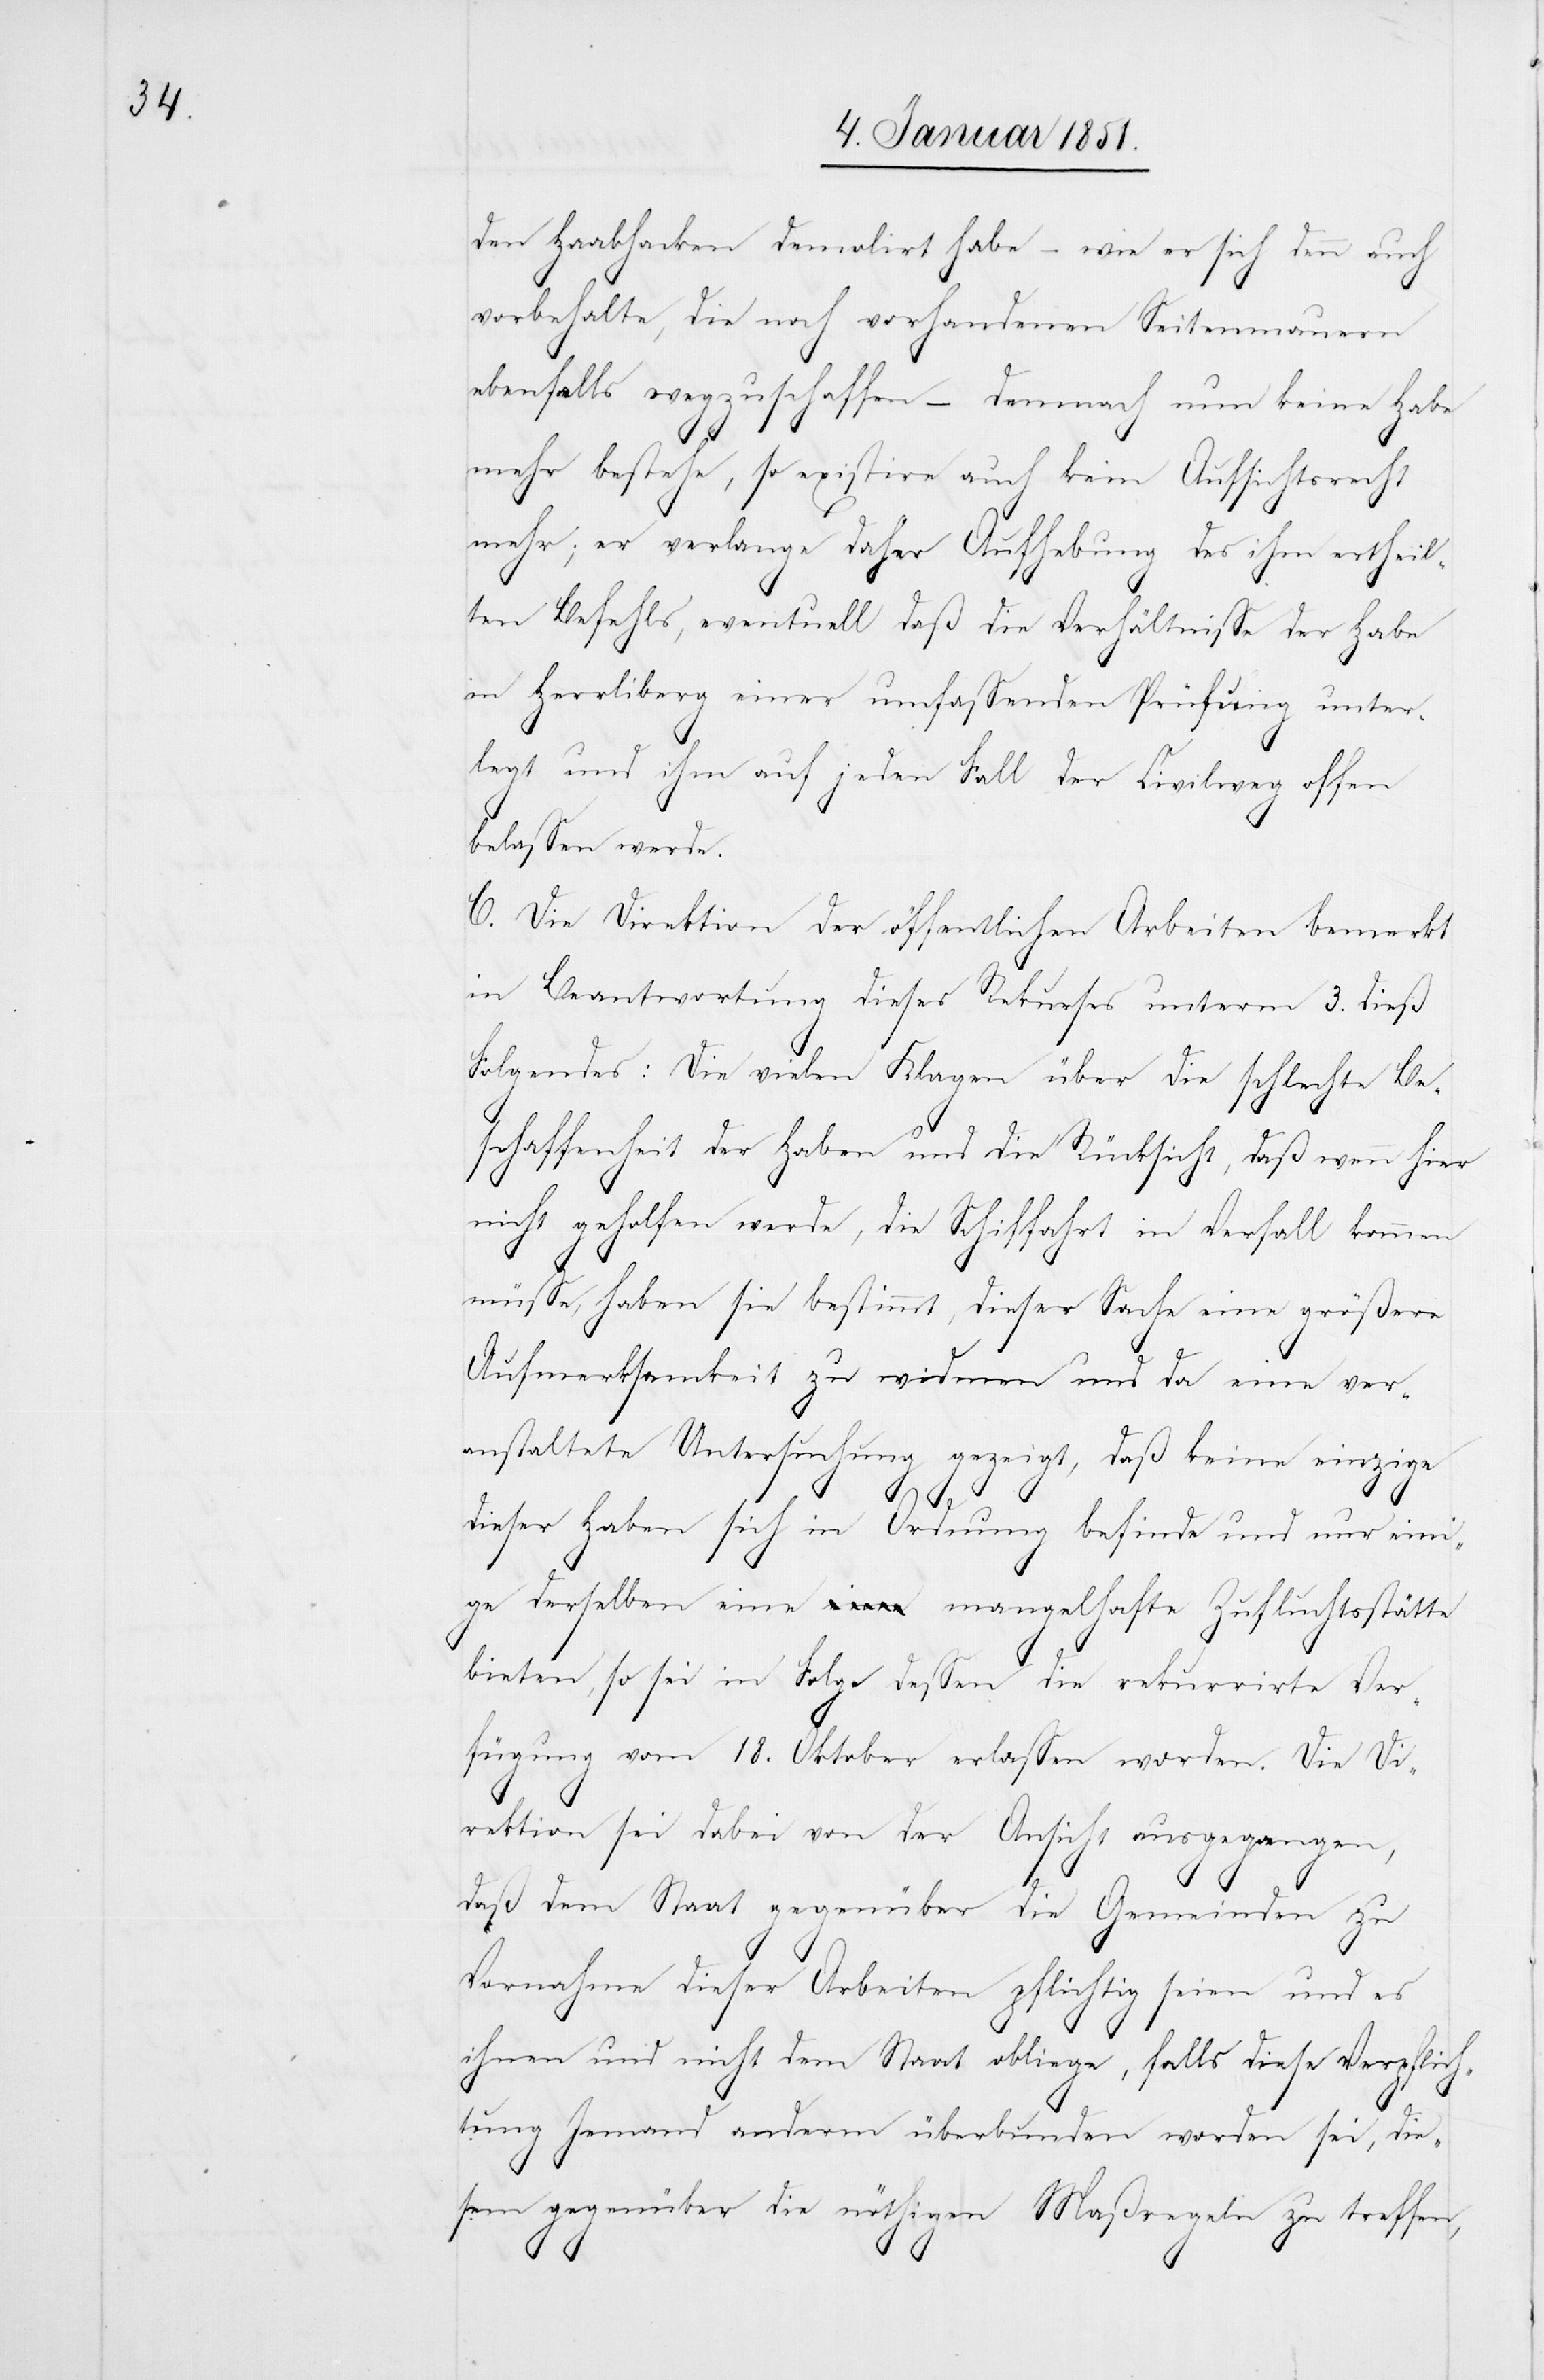
den Haabhacken demolirt habe – wie er sich denn auch
vorbehalte, die noch vorhandenen Seitenmauern
ebenfalls wegzuschaffen – demnach nun keine Habe
mehr bestehe, so existire auch kein Aufsichtsrecht
mehr; er verlange daher Aufhebung des ihm ertheil¬
ten Befehls, eventuell daß die Verhältnisse der Habe
in Herrliberg einer umfassenden Prüfung unter¬
legt und ihm auf jeden Fall der Civilweg offen
belassen werde.
C. Die Direktion der öffentlichen Arbeiten bemerkt
in Beantwortung dieses Rekurses unterm 3. dieß
Folgendes: Die vielen Klagen über die schlechte Be¬
schaffenheit der Haben und die Rücksicht, daß wenn hier
nicht geholfen werde, die Schiffahrt in Verfall kommen
müsse, haben sie bestimmt, dieser Sache eine größere
Aufmerksamkeit zu widmen und da eine ver¬
anstaltete Untersuchung gezeigt, daß keine einzige
dieser Haben sich in Ordnung befinde und nur eini¬
ge derselben eine mangelhafte Zufluchtsstätte
bieten, so sei in Folge dessen die rekurrirte Ver¬
fügung vom 18. Oktober erlassen worden. Die Di¬
rektion sei dabei von der Ansicht ausgegangen,
daß dem Staat gegenüber die Gemeinden zu
Vornahme dieser Arbeiten pflichtig seien und es
ihnen und nicht dem Staat obliege, falls diese Verpflich¬
tung Jemand anderm überbunden worden sei, die¬
sem gegenüber die nöthigen Maßregeln zu treffen,